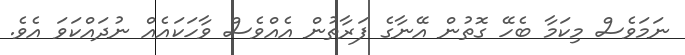
ނަމަވެސް މިކަމާ ބެހޭ ގޮތުން އޭނާގެ ފަރާތުން އެއްވެސް ވާހަކައެއް ނުދައްކަވަ އެވެ.